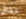
غطائي